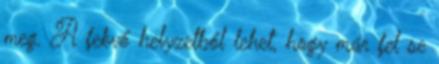
meg. A fekvő helyzetből lehet, hogy már fel se